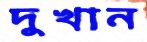
দুখান